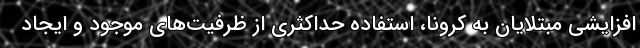
افزایشی مبتلایان به کرونا، استفاده حداکثری از ظرفیت‌های موجود و ایجاد